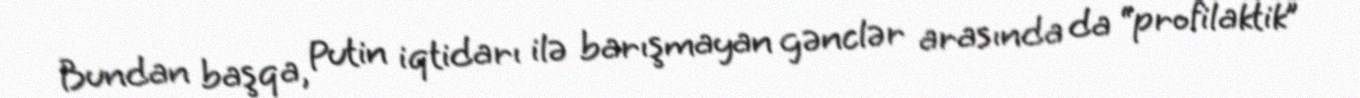
Bundan başqa, Putin iqtidarı ilə barışmayan gənclər arasında da “profilaktik”